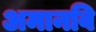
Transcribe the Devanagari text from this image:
अमानवि